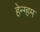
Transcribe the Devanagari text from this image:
हेन्ग्हम